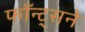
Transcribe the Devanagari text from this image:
फाँन्ट्‌सने